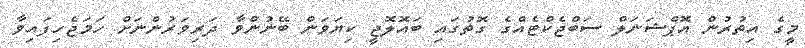
މީގެ އިތުރުން އޮޕްޝަނަލް ސަބްޖެކްޓެއްގެ ގޮތުގައި ބައޮލޮޖީ ކިޔަވަން ބޭނުންވާ ދަރިވަރުންނަށް ހަމަޖެހިފައިވާ